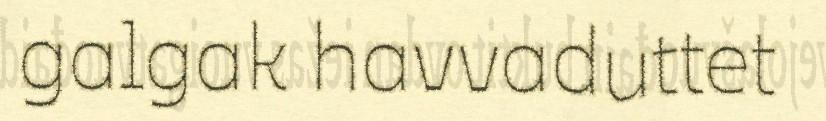
galgak havvaduttet